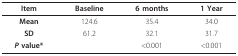
<table><thead><tr><td><b>Item</b></td><td><b>Baseline</b></td><td><b>6 months</b></td><td><b>1 Year</b></td></tr></thead><tbody><tr><td><b>Mean</b></td><td>124.6</td><td>35.4</td><td>34.0</td></tr><tr><td><b>SD</b></td><td>61.2</td><td>32.1</td><td>31.7</td></tr><tr><td><b><i>P </i>value*</b></td><td></td><td>&lt;0.001</td><td>&lt;0.001</td></tr></tbody></table>